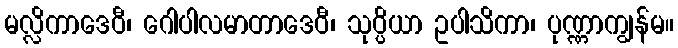
မလ္လိကာဒေဝီ၊ ဂေါပါလမာတာဒေဝီ၊ သုပ္ပိယာ ဥပါသိကာ၊ ပုဏ္ဏာကျွန်မ။